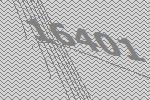
16401